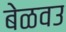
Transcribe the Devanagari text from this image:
बेळवउ